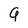
Character: 9